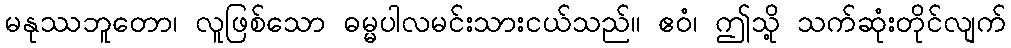
မနုဿဘူတော၊ လူဖြစ်သော ဓမ္မပါလမင်းသားငယ်သည်။ ဧဝံ၊ ဤသို့ သက်ဆုံးတိုင်လျက်